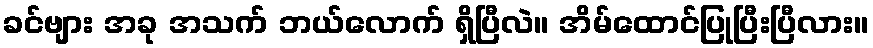
ခင်ဗျား အခု အသက် ဘယ်လောက် ရှိပြီလဲ။ အိမ်ထောင်ပြုပြီးပြီလား။